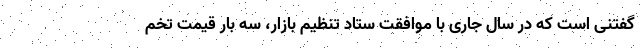
گفتنی است که در سال جاری با موافقت ستاد تنظیم بازار، سه بار قیمت تخم